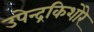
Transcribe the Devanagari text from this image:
उपेन्द्रकिशोरे